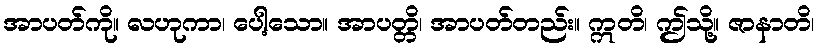
အာပတ်ကို။ လဟုကာ၊ ပေါ့သော။ အာပတ္တိ၊ အာပတ်တည်း။ ဣတိ၊ ဤသို့။ ဇာနာတိ၊